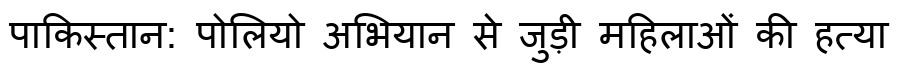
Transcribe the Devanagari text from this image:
पाकिस्तान: पोलियो अभियान से जुड़ी महिलाओं की हत्या